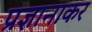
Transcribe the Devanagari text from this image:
प्रज्ञानाकर